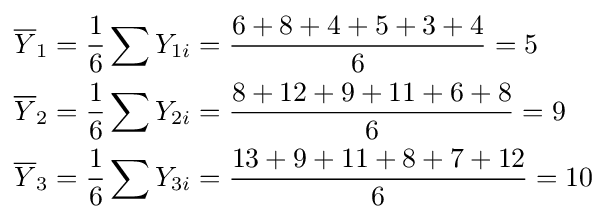
{\begin{aligned}{\overline {Y}}_{1}&={\frac {1}{6}}\sum Y_{1i}={\frac {6+8+4+5+3+4}{6}}=5\\{\overline {Y}}_{2}&={\frac {1}{6}}\sum Y_{2i}={\frac {8+12+9+11+6+8}{6}}=9\\{\overline {Y}}_{3}&={\frac {1}{6}}\sum Y_{3i}={\frac {13+9+11+8+7+12}{6}}=10\end{aligned}}